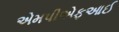
એમપીએફઆઈ